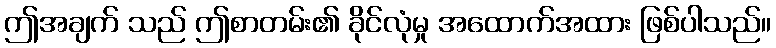
ဤအချက် သည် ဤစာတမ်း၏ ခိုင်လုံမှု အထောက်အထား ဖြစ်ပါသည်။